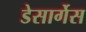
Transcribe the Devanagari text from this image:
डेसार्गेस